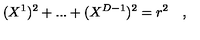
( X ^ { 1 } ) ^ { 2 } + . . . + ( X ^ { D - 1 } ) ^ { 2 } = r ^ { 2 } \quad ,